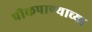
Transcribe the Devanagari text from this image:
पीकपाण्याच्या